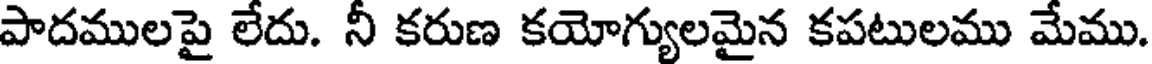
పాదములపై లేదు. నీ కరుణ కయోగ్యులమైన కపటులము మేము.